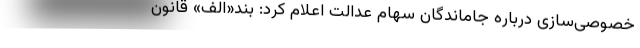
خصوصی‌سازی درباره جاماندگان سهام عدالت اعلام کرد: بند«الف» قانون